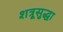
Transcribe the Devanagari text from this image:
शत्रूसुद्धा